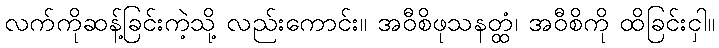
လက်ကိုဆန့်ခြင်းကဲ့သို့ လည်းကောင်း။ အဝီစိဖုသနတ္ထံ၊ အဝီစိကို ထိခြင်းငှါ။